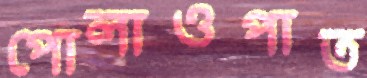
পোলাওপাত